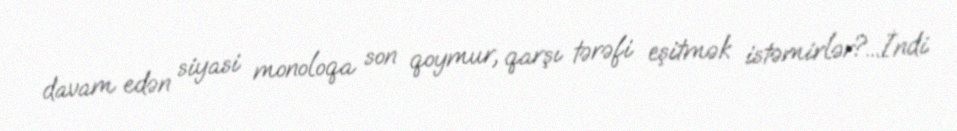
davam edən siyasi monoloqa son qoymur, qarşı tərəfi eşitmək istəmirlər?...İndi